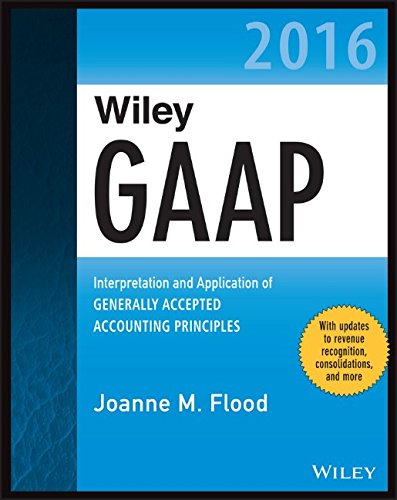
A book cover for Wiley GAAP 2016 - Interpretation and Application of Generally Accepted Accounting Principles (Wiley Regulatory Reporting); Joanne M. Flood; Test Preparation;